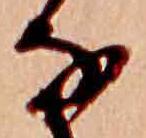
な